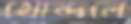
খোন্দলে